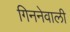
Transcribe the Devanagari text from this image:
गिननेवाली